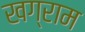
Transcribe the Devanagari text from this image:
खग्राम